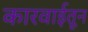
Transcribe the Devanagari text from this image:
कारवाईतून